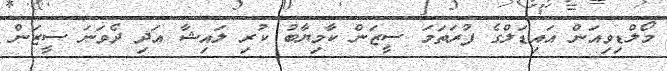
މޯލްޑިވިއަން އައިޑަލްގެ ފުރަތަމަ ސީޒަން ކާމިޔާބު ކުރި ލައިޝާ އަދި ދެވަނަ ސީޒަން